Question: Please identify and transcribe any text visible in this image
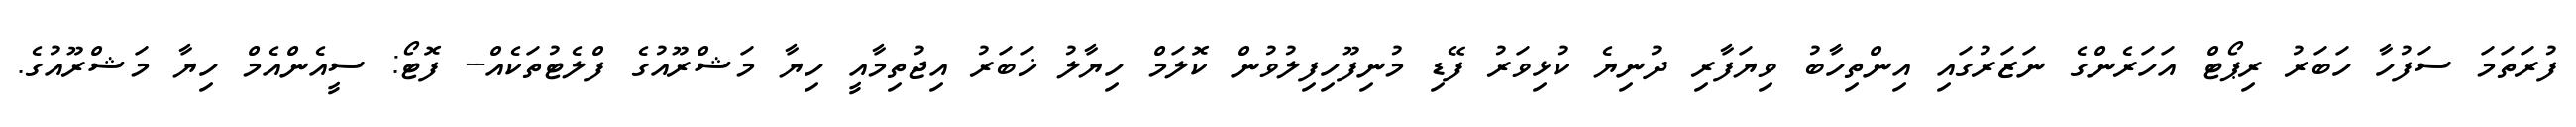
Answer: ފުރަތަމަ ސަފުހާ ހަބަރު ރިޕޯޓް އަހަރެންގެ ނަޒަރުގައި އިންތިހާބު ވިޔަފާރި ދުނިޔެ ކުޅިވަރު ފޭޑި މުނިފޫހިފިލުވުން ކޮލަމް ހިޔާލު ޚަބަރު އިޖުތިމާއީ ހިޔާ މަޝްރޫއުގެ ފްލެޓުތަކެއް-- ފޮޓޯ: ސީއެންއެމް ހިޔާ މަޝްރޫއުގެ.